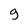
Character: g